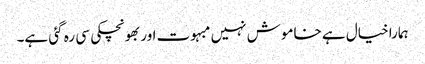
ہمارا خیال ہے خاموش نہیں مبہوت اور بھونچکی سی رہ گئی ہے۔